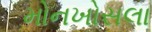
મોનખોસલા